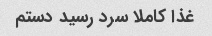
غذا کاملا سرد رسید دستم